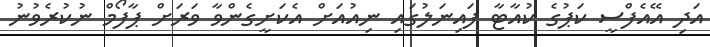
އަދި އޭއެފްސީ ކަޕުގެ ކުއާޓާ ފައިނަލުގައި ނިއުއަށް އެކަށީގެންވާ ވަރަށް ޕާފޯމް ނުކުރެވުނު